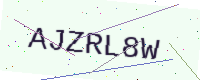
Text: AJZRL8W